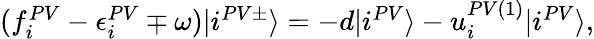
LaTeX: \begin{array}{r}{(f_{i}^{PV}-\epsilon_{i}^{PV}\mp\omega)|i^{PV\pm}\rangle=-d|i^{PV}\rangle-u_{i}^{PV(1)}|i^{PV}\rangle,}\end{array}